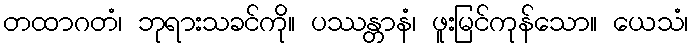
တထာဂတံ၊ ဘုရားသခင်ကို။ ပဿန္တာနံ၊ ဖူးမြင်ကုန်သော။ ယေသံ၊